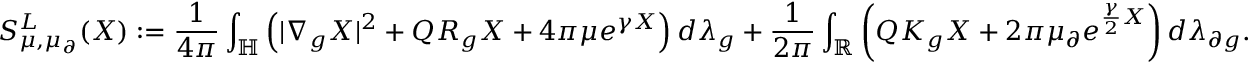
S _ { \mu , \mu _ { \partial } } ^ { L } ( X ) : = \frac { 1 } { 4 \pi } \int _ { \mathbb H } \left( | \nabla _ { g } X | ^ { 2 } + Q R _ { g } X + 4 \pi \mu e ^ { \gamma X } \right) d \lambda _ { g } + \frac { 1 } { 2 \pi } \int _ { \mathbb R } \left( Q K _ { g } X + 2 \pi \mu _ { \partial } e ^ { \frac { \gamma } { 2 } X } \right) d \lambda _ { \partial g } .